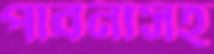
পাবনাসহ